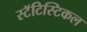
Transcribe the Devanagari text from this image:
स्टॅटिस्टिकल